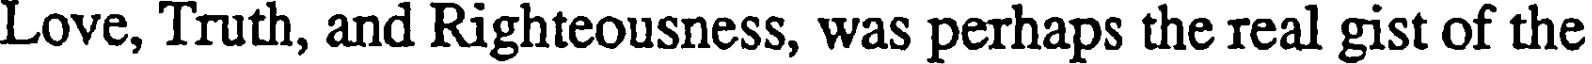
Love, Truth, and Righteousness, was perhaps the real gist of the